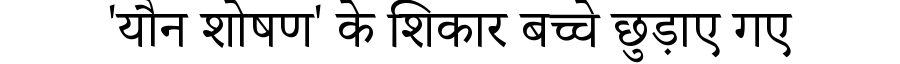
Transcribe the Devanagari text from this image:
'यौन शोषण' के शिकार बच्चे छुड़ाए गए